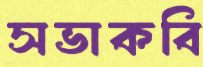
সভাকবি